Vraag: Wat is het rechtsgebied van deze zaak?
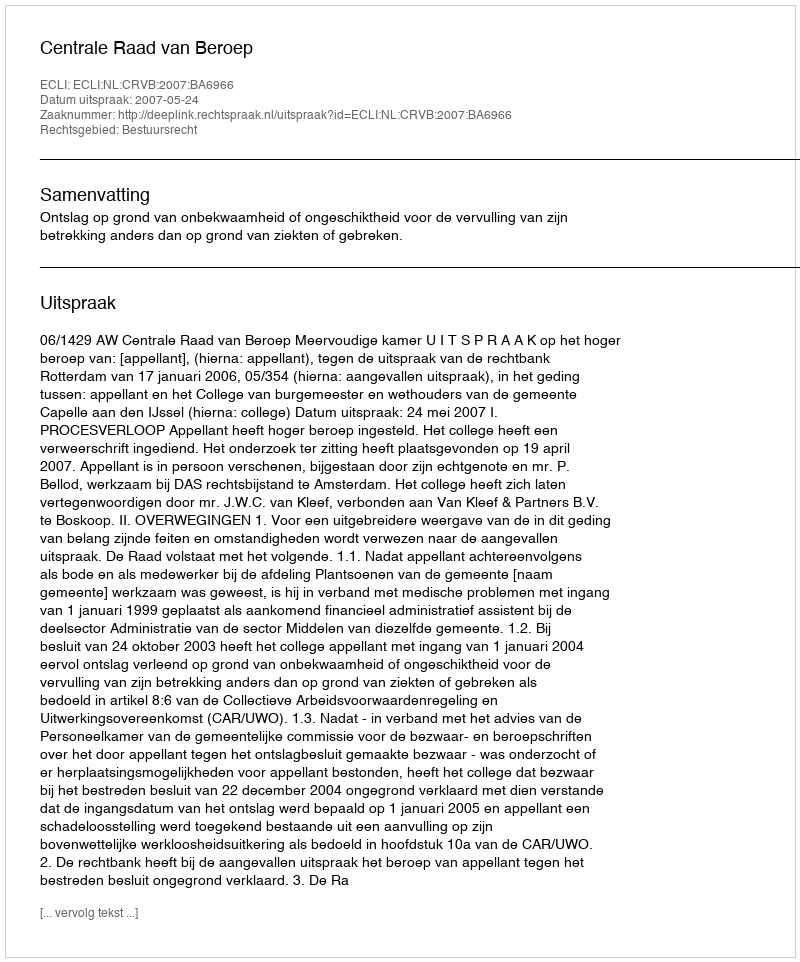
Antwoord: Bestuursrecht